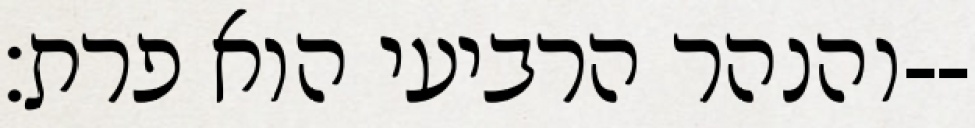
והנהר הרביעי הוא פרת׃--